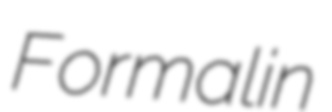
Formalin